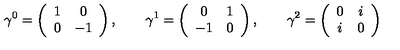
\gamma ^ { 0 } = \left( \begin{array} { c c } { 1 } & { 0 } \\ { 0 } & { - 1 } \\ \end{array} \right) , \qquad \gamma ^ { 1 } = \left( \begin{array} { c c } { 0 } & { 1 } \\ { - 1 } & { 0 } \\ \end{array} \right) , \qquad \gamma ^ { 2 } = \left( \begin{array} { c c } { 0 } & { i } \\ { i } & { 0 } \\ \end{array} \right)